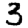
Digit: 3